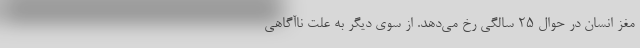
مغز انسان در حوال ۲۵ سالگی رخ می‌دهد. از سوی دیگر به علت ناآگاهی